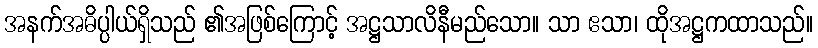
အနက်အဓိပ္ပါယ်ရှိသည် ၏အဖြစ်ကြောင့် အဋ္ဌသာလိနီမည်သော။ သာ ဧသာ၊ ထိုအဋ္ဌကထာသည်။